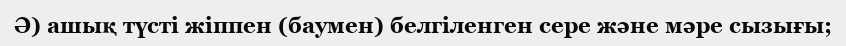
Ә) ашық түсті жіппен (баумен) белгіленген сере және мәре сызығы;